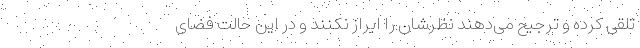
تلقی کرده و ترجیح می‌دهند نظرشان را ابراز نکنند و در این حالت فضای